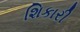
શિકારી